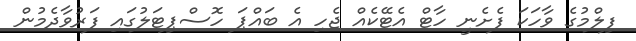
ފިލްމުގެ ވާހަކަ ފެށެނީ ހާޓް އެޓޭކެއް ޖެހި އެ ބައްޕަ ހޮސްޕިޓަލުގައި ފަރުވާދެމުން